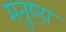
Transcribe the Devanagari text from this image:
मनुष्य़